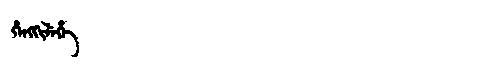
Manchu: ᡥᡝᠩᡴᡳᠯᡝᡥᡝ
Romanization: HENGKILEHE